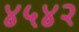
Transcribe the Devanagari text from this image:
४५४२